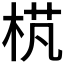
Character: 𣒾